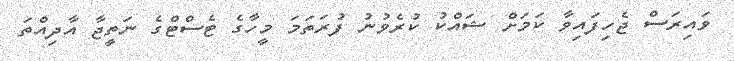
ވައިރަސް ޖެހިފައިވާ ކަމަށް ޝައްކު ކުރެވުނު ފުރަތަމަ މީހާގެ ޓެސްޓްގެ ނަތީޖާ އާދިއްތަ